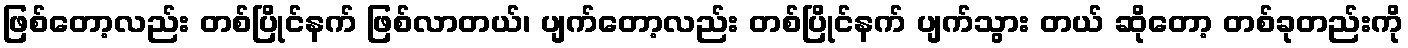
ဖြစ်တော့လည်း တစ်ပြိုင်နက် ဖြစ်လာတယ်၊ ပျက်တော့လည်း တစ်ပြိုင်နက် ပျက်သွား တယ် ဆိုတော့ တစ်ခုတည်းကို